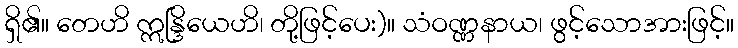
ရှိ၏။ တေဟိ ဣန္ဒြိယေဟိ၊ တို့ဖြင့်ပေး)။ သံဝဏ္ဏနာယ၊ ဖွင့်သောအားဖြင့်။